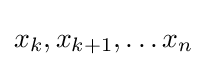
x_{k},x_{k+1},\ldots x_{n}